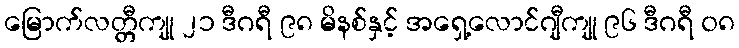
မြောက်လတ္တီကျု ၂၁ ဒီဂရီ ၉၈ မိနစ်နှင့် အရှေ့လောင်ဂျီကျု ၉၆ ဒီဂရီ ၀၈